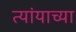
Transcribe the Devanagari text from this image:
त्यांयाच्या